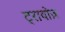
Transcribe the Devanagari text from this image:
ट्रायोज़